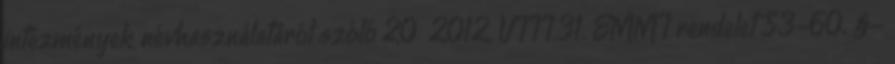
intézmények névhasználatáról szóló 20 2012. VIII.31. EMMI rendelet 53-60. §-